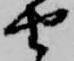
由